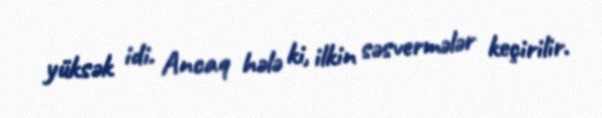
yüksək idi. Ancaq hələ ki, ilkin səsvermələr keçirilir.